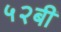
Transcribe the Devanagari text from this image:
५२बी